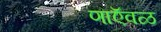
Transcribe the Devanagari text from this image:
णाऍवळ